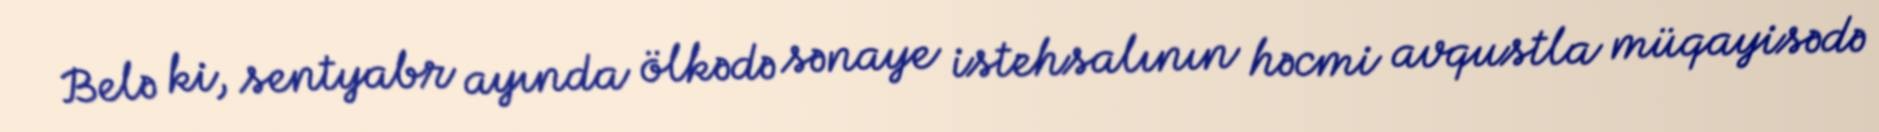
Belə ki, sentyabr ayında ölkədə sənaye istehsalının həcmi avqustla müqayisədə